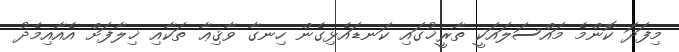
މިފަދަ ކޮންމެ މައްސަލައަކީ ތާރީޚުގައި ކަނޑައެޅިގެން ހިނގާ ވާޤިޢާ ތަކާއި ޚިލާފަށް އެއާއިމެދު